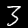
Label: 3